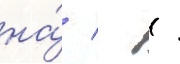
на́